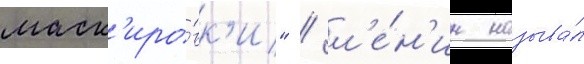
маск'иро́вк'и" / л'е́н'ин называ́л